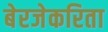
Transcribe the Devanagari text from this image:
बेरजेकरिता